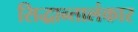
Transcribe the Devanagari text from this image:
सिद्धान्तालंकार